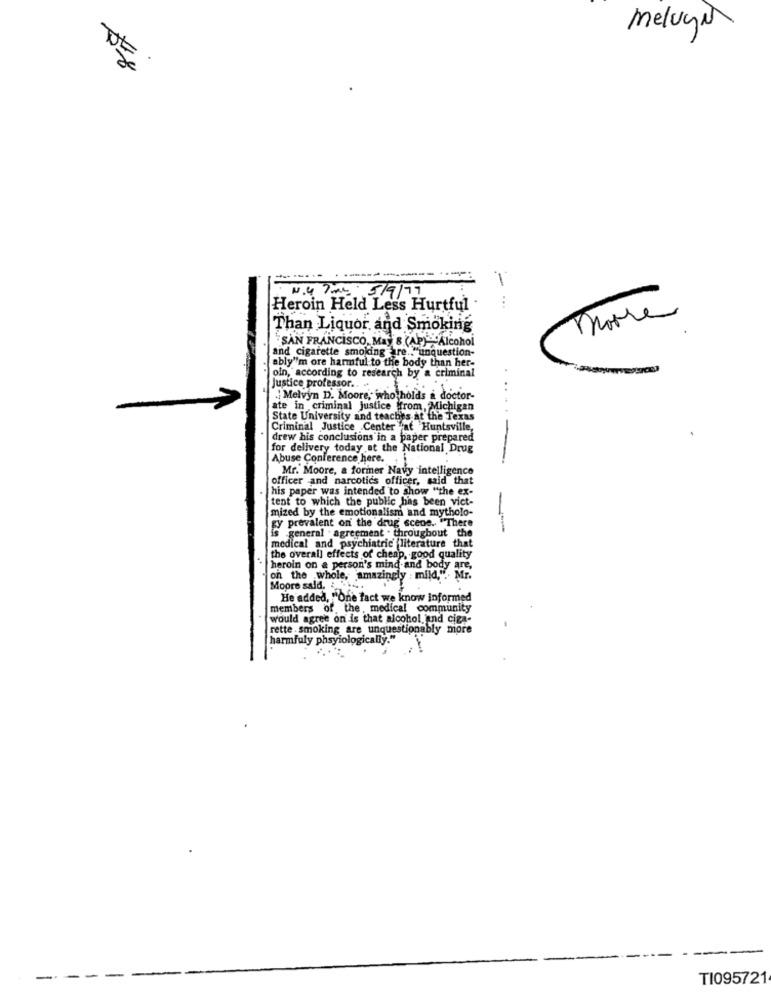
melugar
N.47 5/9/77
Heroin Held Less Hurtful .
...
Those
Than Liquor, and Smoking
"SAN FRANCISCO, Mas 8 (AP) -- Alcohol
and cigarette smoking are .. "unquestion-
ably''m ore harmful to the body than her-
oin, according to research by a criminal
Justice professor ..
Melvyn D. Moore, who holds a doctor-
...
-
ate in criminal justice from, Michigan
State University and teaches at the Texas
Criminal Justice .Center "at Huntsville,
drew his conclusions in a paper prepared
for delivery today at the National Drug
Abuse Conference here.
Mr. Moore, a former Navy intelligence
officer and narcotics officer, said that
this paper was intended to show "the ex-
tent to which the public has been vict-
mized by the emotionalism and mytholo-
gy prevalent on the drug scene. "There
is general . agreement . throughout the
medical and psychiatric literature that
..
the overall effects of cheap, good quality
heroin on a person's mind and body are,
on the whole, amazingly : mild," .. Mr.
Moore sald. , 14.
He added, "One fact we know informed
members of the , medical community
would agree on is that alcohol, und ciga-
rette . smoking are unquestionably more
harmfuly phsyiologically."
TI095721